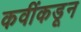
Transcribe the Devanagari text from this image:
कवींकडून